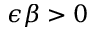
\epsilon \beta > 0